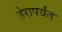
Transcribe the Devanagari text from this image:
तेरापर्यंत